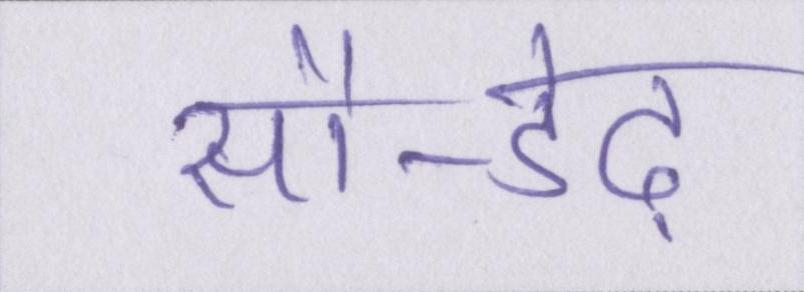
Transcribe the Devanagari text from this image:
सौ-डेढ़